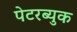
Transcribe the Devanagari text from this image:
पेटरब्युक